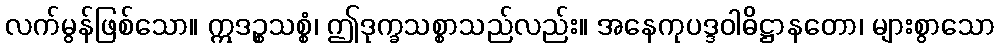
လက်မွန်ဖြစ်သော။ ဣဒဉ္စသစ္စံ၊ ဤဒုက္ခသစ္စာသည်လည်း။ အနေကုပဒ္ဒဝါဓိဋ္ဌာနတော၊ များစွာသော